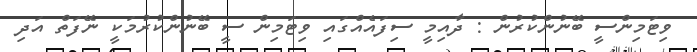
ވިޓަމިންސީ ބޭނުންކުރުން : ދާއިމީ ސިފައެއްގައި ވިޓަމިން ސީ ބޭނުންކުރުމަކީ ނޭފަތް އަދި